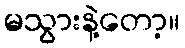
မသွားနဲ့တော့။